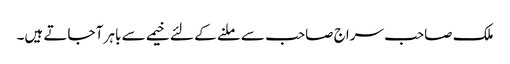
ملک صاحب سراج صاحب سے ملنے کے لئے خیمے سے باہر آ جاتے ہیں۔